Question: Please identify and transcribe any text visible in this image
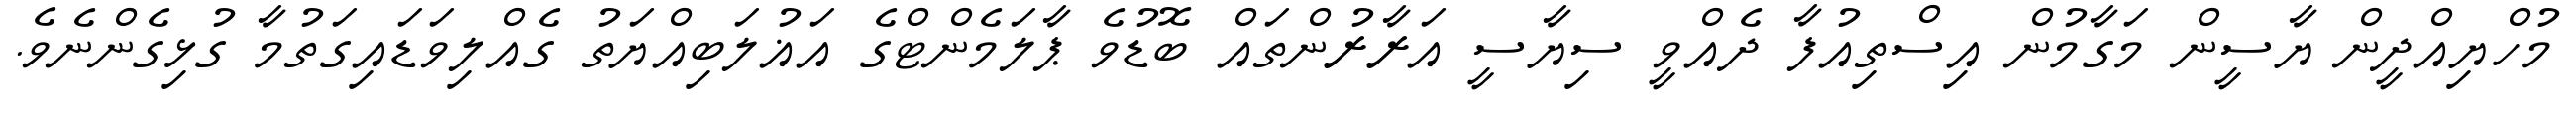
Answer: މުހްޔިއްދީން ޔާސީން މަގާމުން އިސްތިއުފާ ދެއްވީ ސިޔާސީ އަރާރުންތައް ބޮޑުވެ ޕާލަމެންޓްގެ އަޣުލަބިއްޔަތު ގެއްލިވަޑައިގަތުމާ ގުޅިގެންނެވެ.